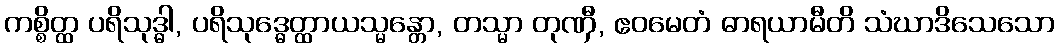
ကစ္စိတ္ထ ပရိသုဒ္ဓါ, ပရိသုဒ္ဓေတ္ထာယသ္မန္တော, တသ္မာ တုဏှီ, ဧဝမေတံ ဓာရယာမီတိ သံဃာဒိသေသော